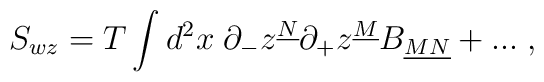
S_{wz} = T \int d^2 x \;\partial_- z^{\underline{N}}\partial_+ z^{\underline{M}} B_{\underline{MN}} + ... \;,